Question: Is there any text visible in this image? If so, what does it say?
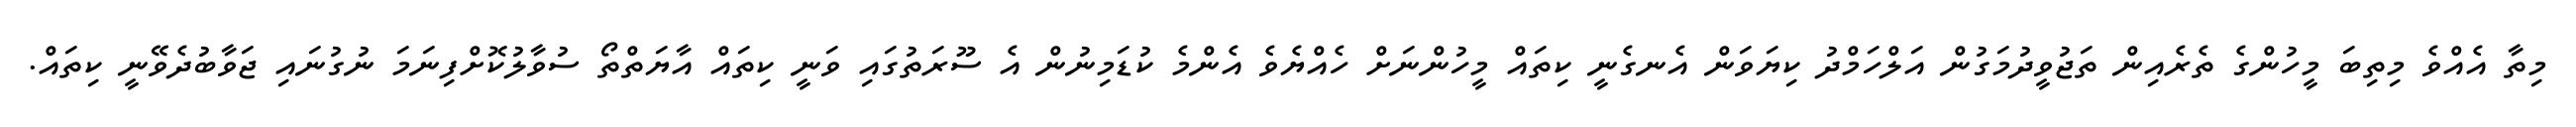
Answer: މިތާ އެއްވެ މިތިބަ މީހުންގެ ތެރެއިން ތަޖުވީދުމަގުން އަލްހަމްދު ކިޔަވަން އެނގެނީ ކިތައް މީހުންނަށް ހެއްޔެވެ އެންމެ ކުޑަމިނުން އެ ސޫރަތުގައި ވަނީ ކިތައް އާޔަތްތޯ ސުވާލުކޮށްފިނަމަ ނުގުނައި ޖަވާބުދެވޭނީ ކިތައް.